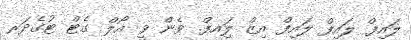
ލައިފް ލައިފް ލައިފް އިޒް ލަިއފް. ވެން ވީ އޯލް ގެޓް ޓުގެދަރ